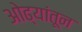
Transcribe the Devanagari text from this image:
ओढ्यांतून